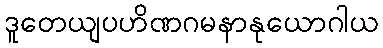
ဒူတေယျပဟိဏဂမနာနုယောဂါယ